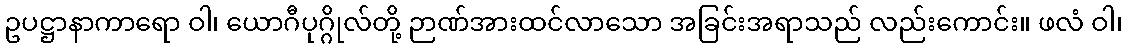
ဥပဋ္ဌာနာကာရော ဝါ၊ ယောဂီပုဂ္ဂိုလ်တို့ ဉာဏ်အားထင်လာသော အခြင်းအရာသည် လည်းကောင်း။ ဖလံ ဝါ၊